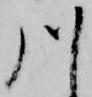
川